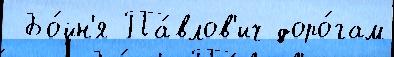
 Бо́йн'я Па́влов'ич доро́гам